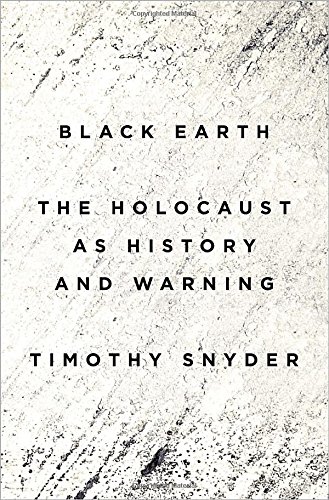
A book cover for Black Earth: The Holocaust as History and Warning; Timothy Snyder; History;